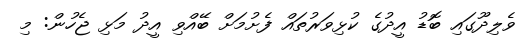
ވެލިދޫގައި ބޮޑު އީދުގެ ކުޅިވަރުތައް ފެށުމަށް ބޭއްވި އީދު މަޅި ޖެހުން: މި